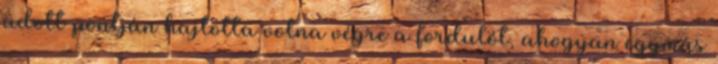
adott pontján hajtotta volna végre a fordulót, ahogyan egymás